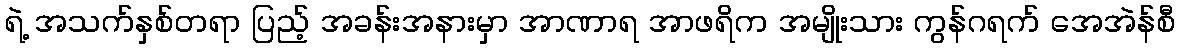
ရဲ့ အသက်နှစ်တရာ ပြည့် အခန်းအနားမှာ အာဏာရ အာဖရိက အမျိုးသား ကွန်ဂရက် အေအဲန်စီ